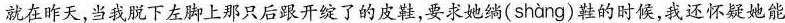
就在昨天，当我脱下左脚上那只后跟开绽了的皮鞋，要求她绱( shàng )的时候，我还怀疑她能